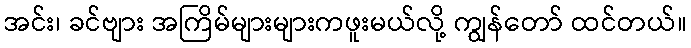
အင်း၊ ခင်ဗျား အကြိမ်များများကဖူးမယ်လို့ ကျွန်တော် ထင်တယ်။